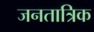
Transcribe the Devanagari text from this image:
जनतात्रिक